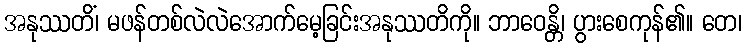
အနုဿတိံ၊ မဖန်တစ်လဲလဲအောက်မေ့ခြင်းအနုဿတိကို။ ဘာဝေန္တိ၊ ပွားစေကုန်၏။ တေ၊